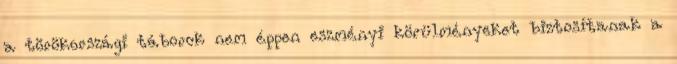
a törökországi táborok nem éppen eszményi körülményeket biztosítanak a